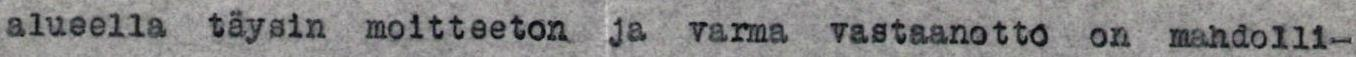
alueella täysin moitteeton ja varma vastaanotto on mahdolli-